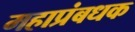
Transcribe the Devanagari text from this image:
महाप्रंबधक